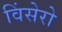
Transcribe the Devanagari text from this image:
विंसेरो